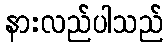
နားလည်ပါသည်